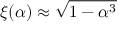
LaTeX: \xi ( \alpha ) \approx { \sqrt { 1 - \alpha ^ { 3 } } }